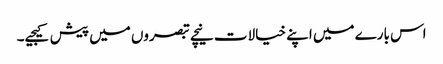
اس بارے میں اپنے خیالات نیچے تبصروں میں پیش کیجیے۔